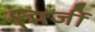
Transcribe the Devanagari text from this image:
मिर्जी